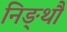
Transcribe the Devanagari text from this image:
निङ्थौ